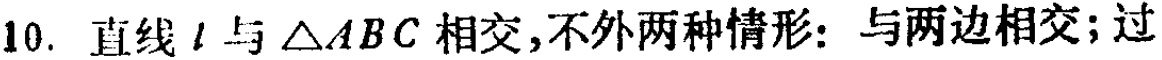
10. 直线\(l\)与\(\triangle ABC\)相交,不外两种情形: 与两边相交; 过